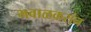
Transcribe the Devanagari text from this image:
भवाळकरांन